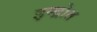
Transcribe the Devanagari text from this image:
इन्द्रोत